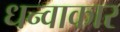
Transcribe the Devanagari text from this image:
धन्वाकार